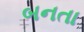
બનતા